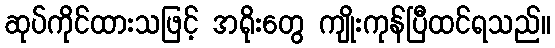
ဆုပ်ကိုင်ထားသဖြင့် အရိုးတွေ ကျိုးကုန်ပြီထင်ရသည်။